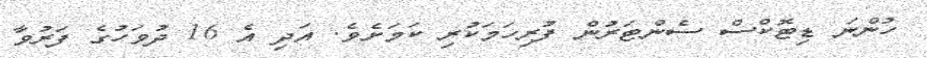
ހުންނަ ޑިޓޮކްސް ސެންޓަރުން ފުރިހަމަކުރި ކަމަށެވެ. އަދި އެ 16 ދުވަހުގެ ފަރުވާ